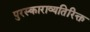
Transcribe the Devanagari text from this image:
पुरस्काराव्यतिरिक्त